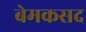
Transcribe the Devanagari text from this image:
बेमकसद